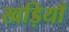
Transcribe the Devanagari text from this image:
खड़ियाँ